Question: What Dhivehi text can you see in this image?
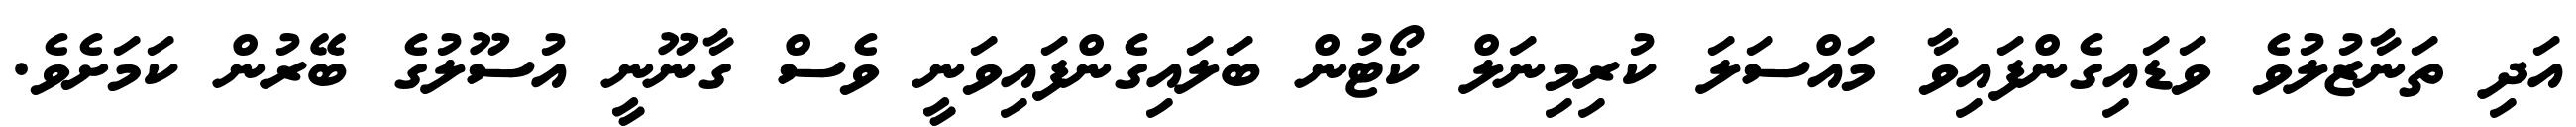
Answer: އަދި ތަނާޒުލުވެ ވަޑައިގެންފައިވާ މައްސަލަ ކުރިމިނަލް ކޯޓުން ބަލައިގެންފައިވަނީ ވެސް ގާނޫނީ އުސޫލުގެ ބޭރުން ކަމަށެވެ.